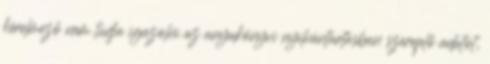
kérelmező nem tudja igazolni az anyakönyvi nyilvántartásban szereplő adatot,